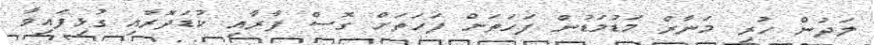
ލަދުން ހުރި މަނާރް މަޑުމަޑުން ފަހަތަށް ފަހަތަށް ގޮސް ފާރާއި ކުޑަދޮރާއި ގުޅިފައިވާ